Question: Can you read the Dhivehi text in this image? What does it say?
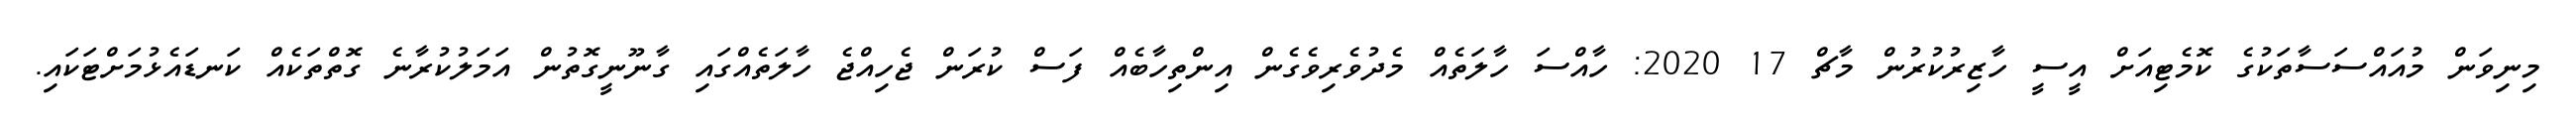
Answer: މިނިވަން މުއައްސަސާތަކުގެ ކޮމެޓިއަށް އީސީ ހާޒިރުކުރުން މާޗް 17 2020: ހާއްސަ ހާލަތެއް މެދުވެރިވެގެން އިންތިހާބެއް ފަސް ކުރަން ޖެހިއްޖެ ހާލަތެއްގައި ގާނޫނީގޮތުން އަމަލުކުރާނެ ގޮތްތަކެއް ކަނޑައެޅުމަށްޓަކައި.